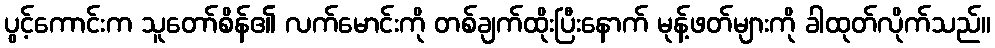
ပွင့်ကောင်းက သူတော်စိန်၏ လက်မောင်းကို တစ်ချက်ထိုးပြီးနောက် မုန့်ဖတ်များကို ခါထုတ်လိုက်သည်။